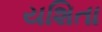
યશિતા